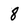
Character: 8